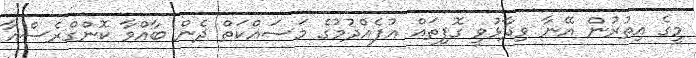
މީގެ އިތުރުން އޭނާ ވިދާޅުވީ ގޮފިތައް އުފެއްދުމުގެ މަސައްކަތް ދެން ބާއްވާ ކޮންގްރެސްއާ